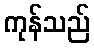
ကုန်သည်